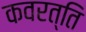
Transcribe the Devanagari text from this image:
कवरत्ति